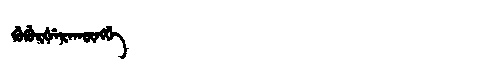
Manchu: ᡤᡠᡤᡠᡵᡧᡝᡵᠠᡴᡡᠩᡤᡝ
Romanization: GUGURŠERAKŪNGGE